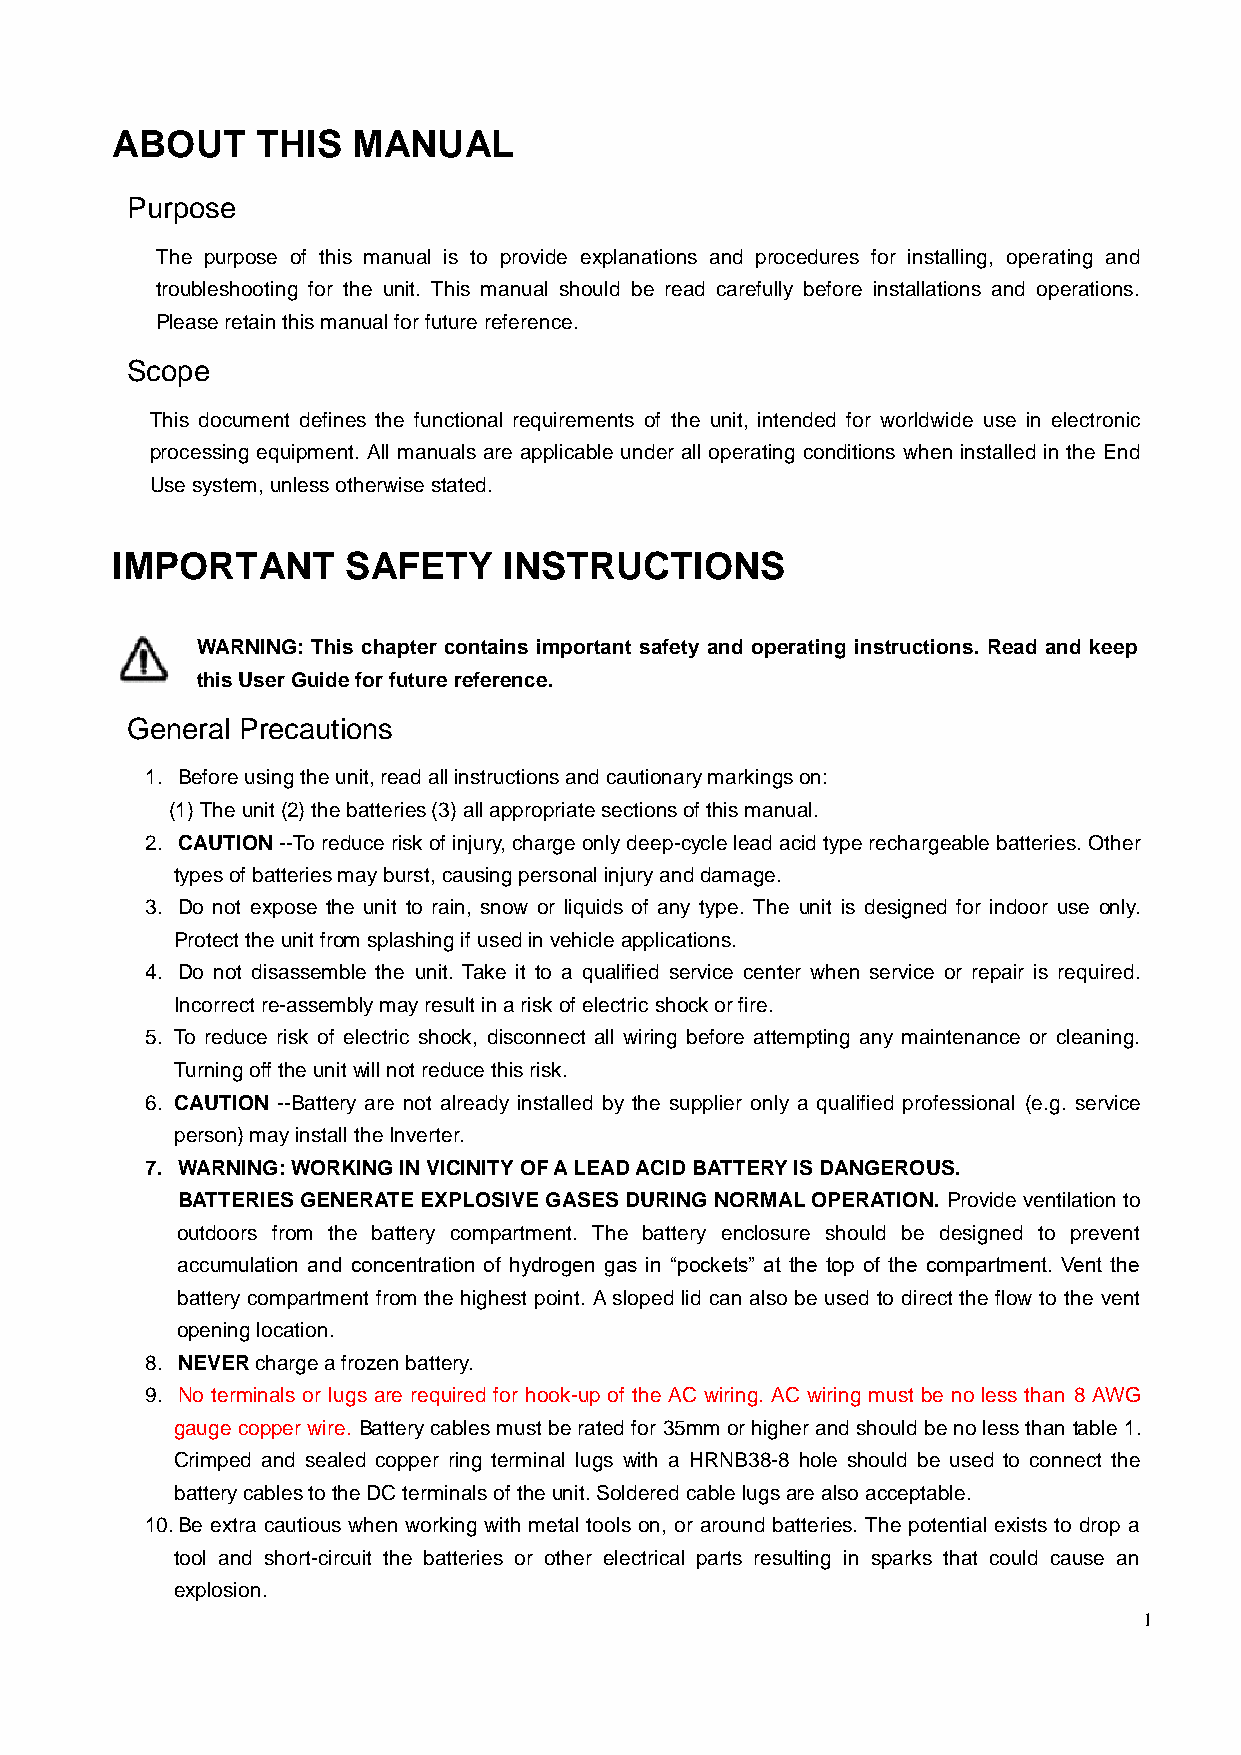
ABOUT     THIS  MANUAL
 Purpose
 The purpose of this manual is to provide explanations and procedures for installing, operating and
 troubleshooting for the unit. This manual should be read carefully before installations and operations.
 Please retain this manual for future reference.
 Scope
 This document defines the functional requirements of the unit, intended for worldwide use in electronic
 processing equipment. All manuals are applicable under all operating conditions when installed in the End
 Use system, unless otherwise stated.
 IMPORTANT       SAFETY    INSTRUCTIONS
 WARNING: This chapter contains important safety and operating instructions. Read and keep
 this User Guide for future reference.
 General Precautions
 1. Before using the unit, read all instructions and cautionary markings on:
 (1) The unit (2) the batteries (3) all appropriate sections of this manual.
 2. CAUTION --To reduce risk of injury, charge only deep-cycle lead acid type rechargeable batteries. Other
 types of batteries may burst, causing personal injury and damage.
 3. Do not expose the unit to rain, snow or liquids of any type. The unit is designed for indoor use only.
 Protect the unit from splashing if used in vehicle applications.
 4. Do not disassemble the unit. Take it to a qualified service center when service or repair is required.
 Incorrect re-assembly may result in a risk of electric shock or fire.
 5. To reduce risk of electric shock, disconnect all wiring before attempting any maintenance or cleaning.
 Turning off the unit will not reduce this risk.
 6. CAUTION --Battery are not already installed by the supplier only a qualified professional (e.g. service
 person) may install the Inverter.
 7. WARNING: WORKING IN VICINITY OF A LEAD ACID BATTERY IS DANGEROUS.
 BATTERIES GENERATE EXPLOSIVE GASES DURING NORMAL OPERATION. Provide ventilation to
 outdoors from the battery compartment. The battery enclosure should be designed to prevent
 accumulation and concentration of hydrogen gas in “pockets” at the top of the compartment. Vent the
 battery compartment from the highest point. A sloped lid can also be used to direct the flow to the vent
 opening location.
 8. NEVER charge a frozen battery.
 9. No terminals or lugs are required for hook-up of the AC wiring. AC wiring must be no less than 8 AWG
 gauge copper wire. Battery cables must be rated for 35mm or higher and should be no less than table 1.
 Crimped and sealed copper ring terminal lugs with a HRNB38-8 hole should be used to connect the
 battery cables to the DC terminals of the unit. Soldered cable lugs are also acceptable.
 10. Be extra cautious when working with metal tools on, or around batteries. The potential exists to drop a
 tool and short-circuit the batteries or other electrical parts resulting in sparks that could cause an
 explosion.
 1